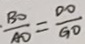
\frac { B O } { A O } = \frac { D O } { G O }